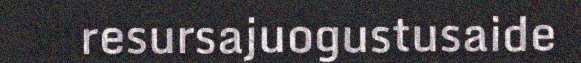
resursajuogustusaide